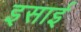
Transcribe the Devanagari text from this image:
इसार्इ